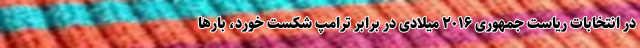
در انتخابات ریاست جمهوری ۲۰۱۶ میلادی در برابر ترامپ شکست خورد، بارها